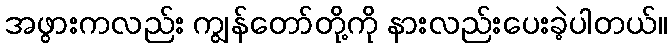
အဖွားကလည်း ကျွန်တော်တို့ကို နားလည်းပေးခဲ့ပါတယ်။